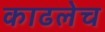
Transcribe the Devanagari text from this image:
काढलेच